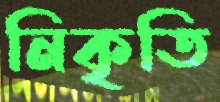
নিকৃতি